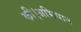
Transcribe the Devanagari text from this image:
की।अभियान